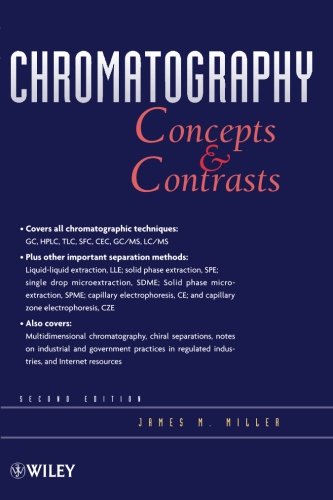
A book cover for Chromatography: Concepts and Contrasts; James M. Miller; Science & Math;